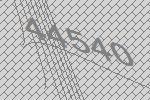
44540